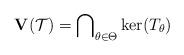
LaTeX: \begin{gather*}\mathbf{V}(\mathcal{T})={\bigcap}_{\theta\in\Theta}\ker(T_\theta)\end{gather*}